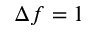
\Delta f = 1